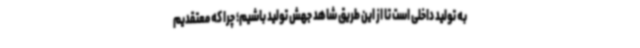
به تولید داخلی است تا از این طریق شاهد جهش تولید باشیم؛ چرا که معتقدیم